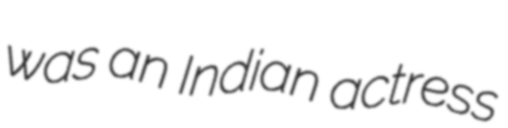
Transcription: was an Indian actress